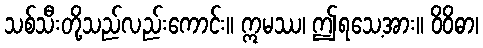
သစ်သီးတို့သည်လည်းကောင်း။ ဣမဿ၊ ဤရသေ့အား။ ဝိဝိဓာ၊